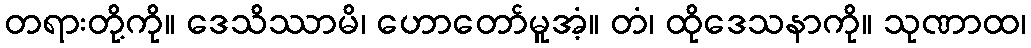
တရားတို့ကို။ ဒေသိဿာမိ၊ ဟောတော်မူအံ့။ တံ၊ ထိုဒေသနာကို။ သုဏာထ၊